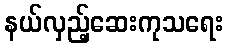
နယ်လှည့်ဆေးကုသရေး